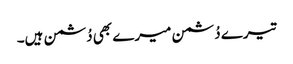
تیرے دُشمن میرے بھی دُشمن ہیں۔